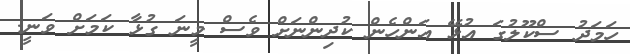
ހަމަދު ސްކޫލުގަ އުޅޭ އަންހެން ކުދިންނަށް ވެސް މީނަ ގުޅާ ކަމަށް ވަނީ.